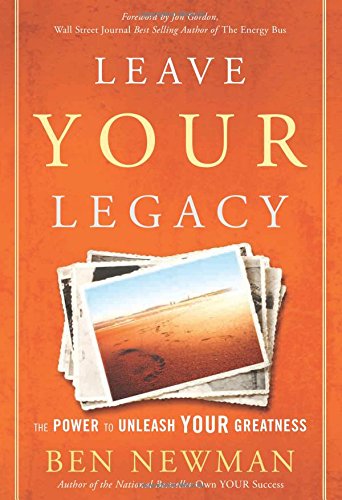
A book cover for Leave YOUR Legacy: The Power to Unleash Your Greatness; Ben Newman; Business & Money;